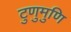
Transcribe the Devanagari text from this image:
टुणुमुणि